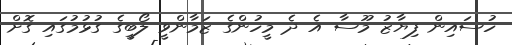
ހުސައިން ފިޔާޒު މޫސާ އެ ދެ މީހުންގެ ޒަމާންވީ ލޯބީގެ ގުޅުމުގައި ގޮށް